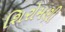
શિરોમણી